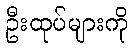
ဦးထုပ်များကို